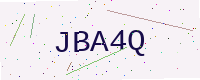
Text: JBA4Q